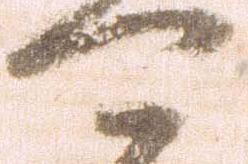
可